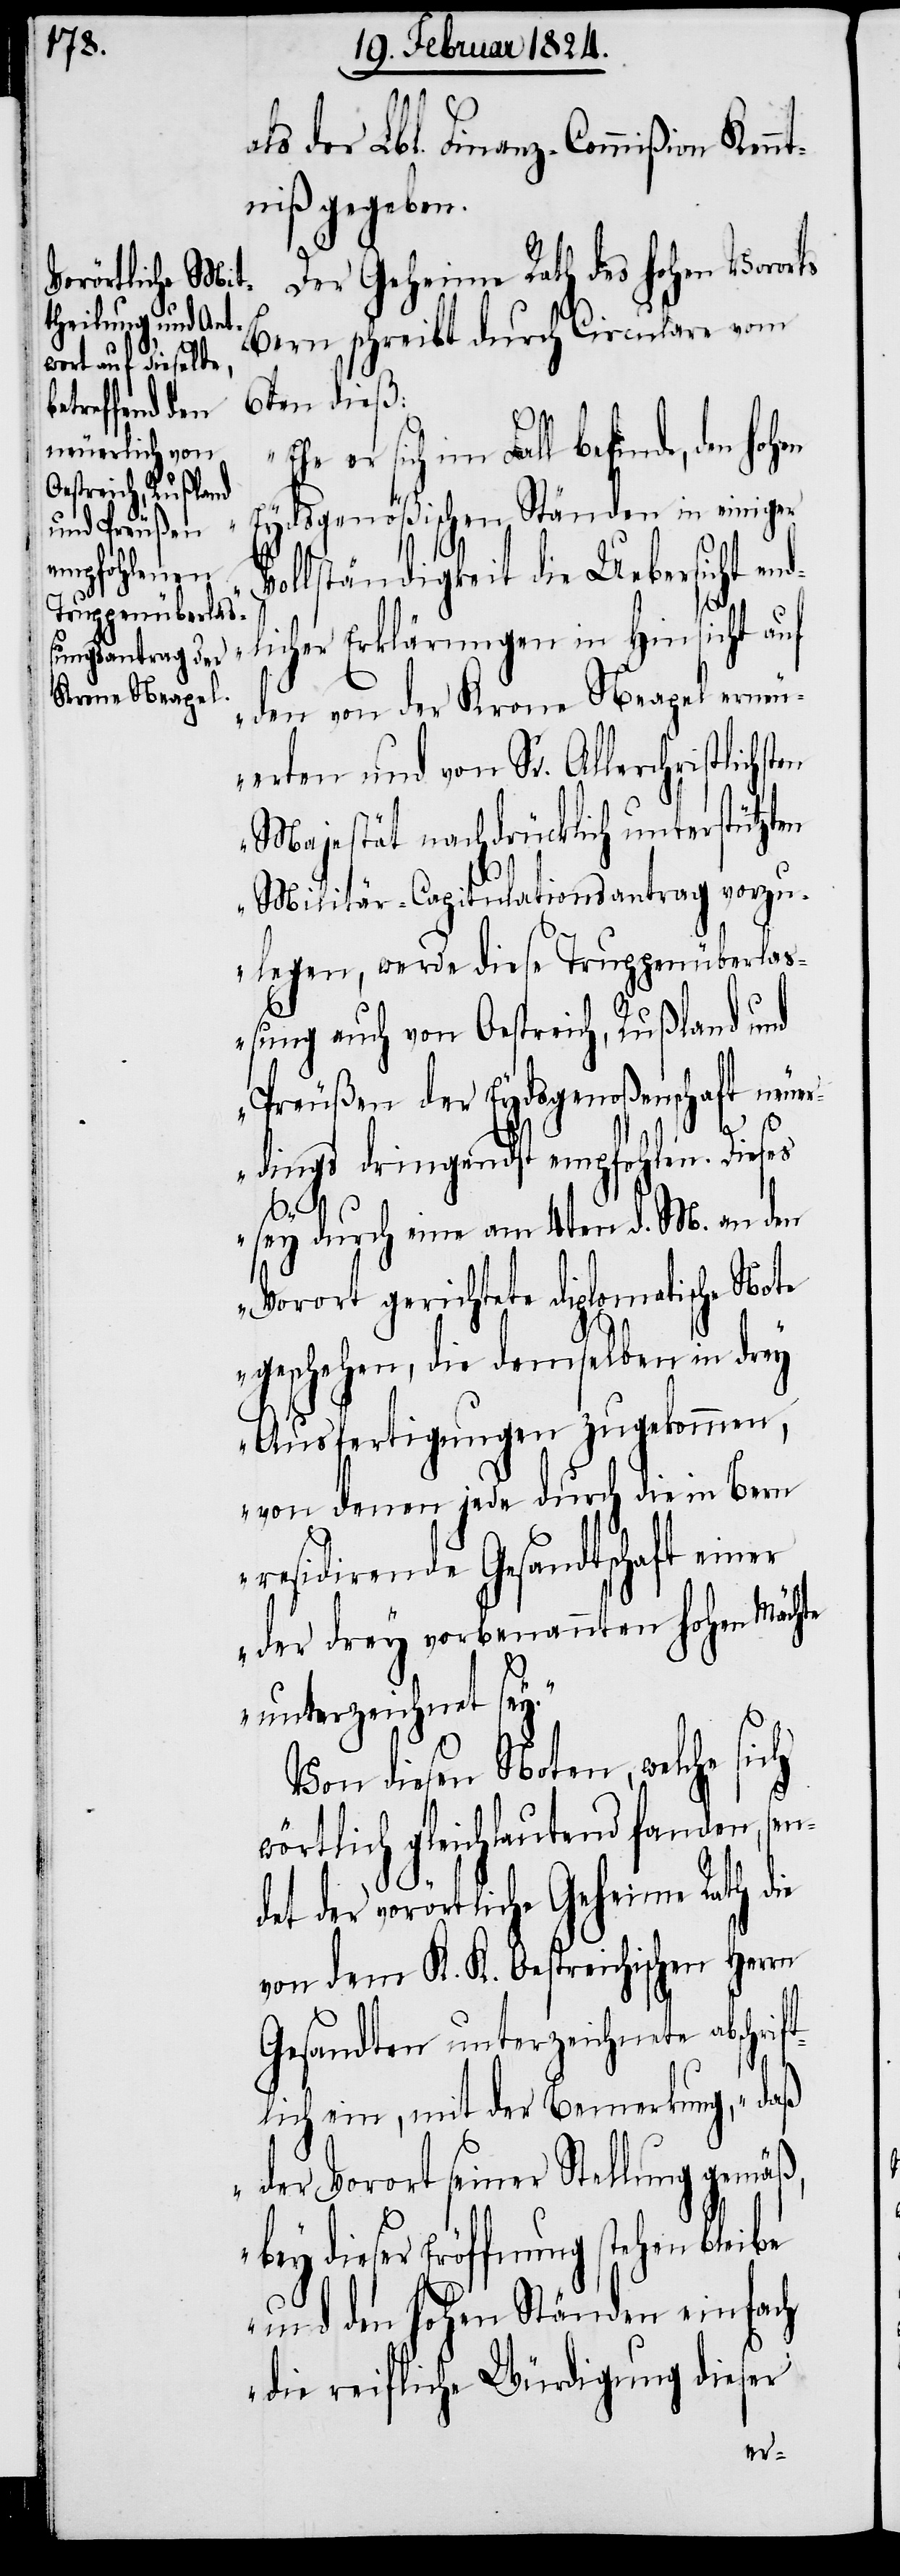
als der Lbl. Finanz-Commißion Ken¬
niß gegeben.
Der Geheime Rath des hohen Vororts
Bern schreibt durch Circulare vom
6ten dieß:
„Ehe er sich im Fall befinde, den hohen
Eydsgenößischen Ständen in einiger
ollständigkeit die Uebersicht end¬
licher Erklärungen in Hinsicht auf
den von der Krone Neapel erneu¬
erten und von Sr. Allerchristlichs¬
Majestät nachdrücklich unterstützten
Militär-Capitulationsantrag vorzu¬
legen, werde diese Truppenüberlaß¬
ung auch von Oestreich, Rußland und
Preußen der Eydsgenoßenschaft neu¬
ift¬
erdings dringendst empfohlen. Dieses
sey durch eine am 4ten d. M. an den
Vorort gerichtete diplomatische Note
geschehen, die demselben in drey
Ausfertigungen zugekommen,
von denen jede durch die in Bern
residirende Gesandtschaft einer
der drey vorbenannten hohen Mächte
unterzeichnet sey.“
Von diesen Noten, welche sich
wörtlich gleichlautend fanden, sen¬
det der vorörtliche Geheime Rath die
von dem K. K. Oestreichischen Herrn
Gesandten unterzeichnete abschr¬
lich ein, mit der Bemerkung, „daß
der Vorort seiner Stellung
bey dieser Eröffnung stehen bleibe
und den hohen Ständen einfach
die reifliche Würdigung dieser